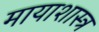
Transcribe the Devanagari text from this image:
मायाशास्त्र